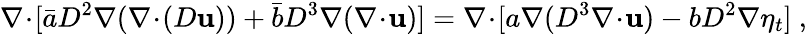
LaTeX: \nabla\! \cdot\! [\bar{a}D^{2}\nabla(\nabla\! \cdot\! (D\mathbf{u}))+\bar{b}D^{3}\nabla(\nabla\! \cdot\! \mathbf{u})]=\nabla\! \cdot\! [a\nabla(D^{3}\nabla\! \cdot\! \mathbf{u})-bD^{2}\nabla\eta_{t}]\ ,